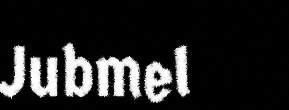
Jubmel